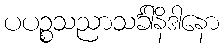
ပပဉ္စသညာသင်္ခါနိဒါနော